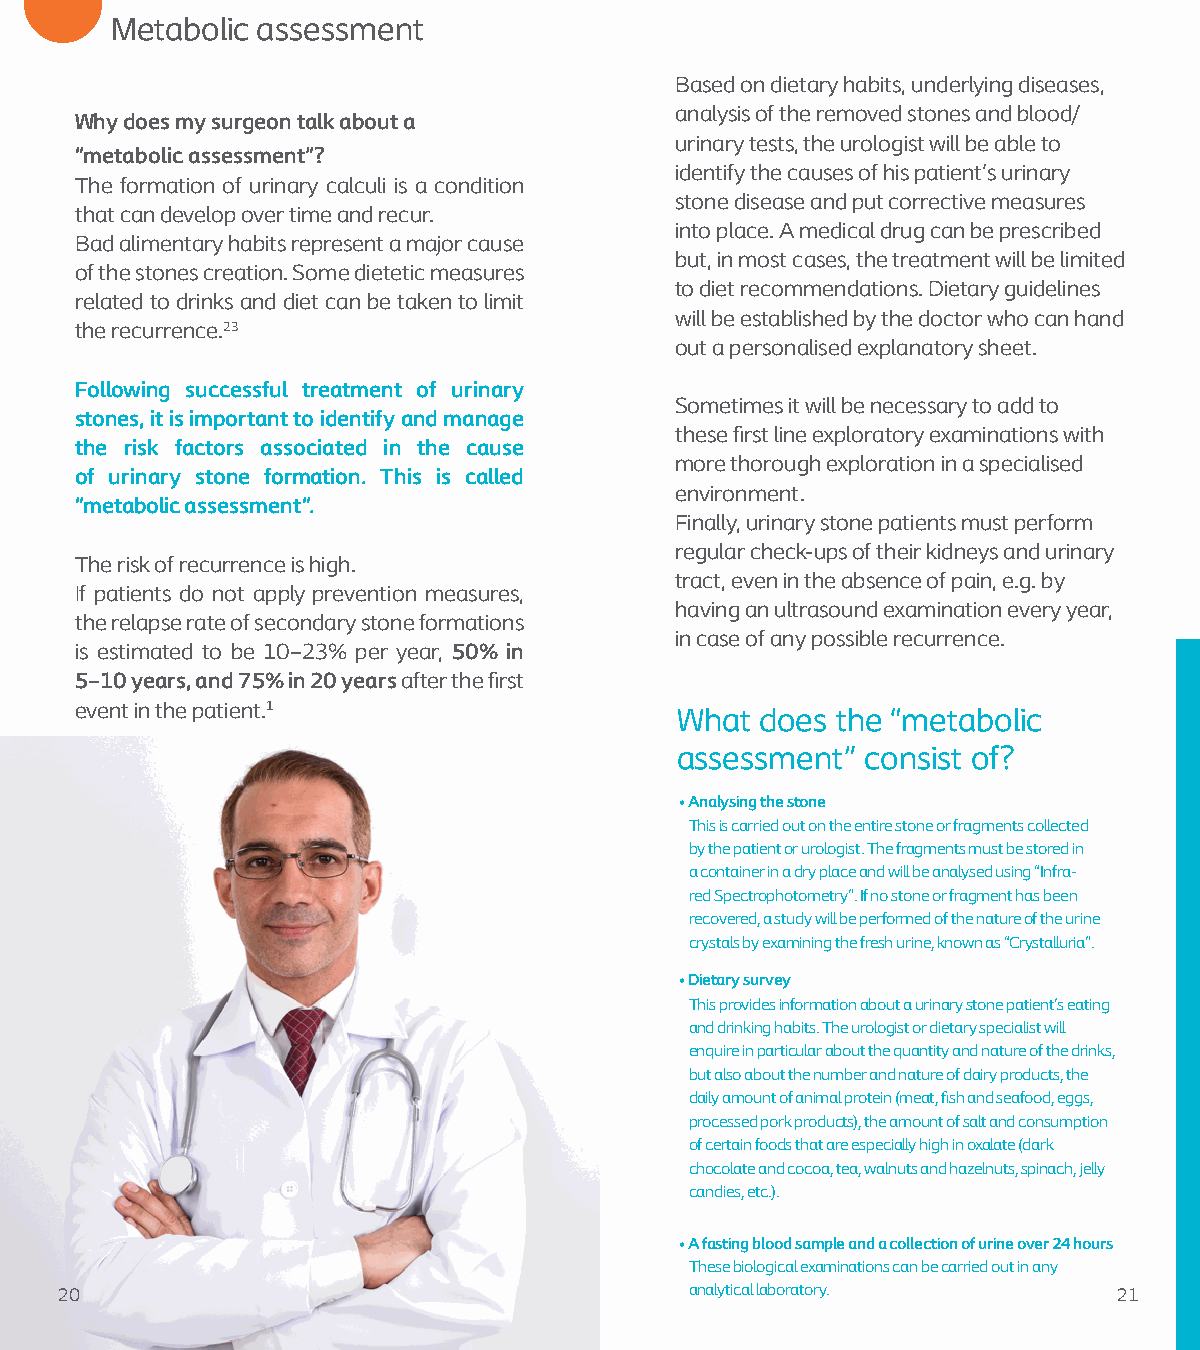
Metabolic assessment
 Based on dietary habits, underlying diseases,
 analysis of the removed stones and blood/
 Why does my surgeon talk about a
 urinary tests, the urologist will be able to
 “metabolic assessment”?
 identify the causes of his patient’s urinary
 The formation of urinary calculi is a condition
 stone disease and put corrective measures
 that can develop over time and recur.
 into place. A medical drug can be prescribed
 Bad alimentary habits represent a major cause
 but, in most cases, the treatment will be limited
 of the stones creation. Some dietetic measures
 to diet recommendations. Dietary guidelines
 related to drinks and diet can be taken to limit
 will be established by the doctor who can hand
 the recurrence.23
 out a personalised explanatory sheet.
 Following successful treatment of urinary
 Sometimes it will be necessary to add to
 stones, it is important to identify and manage
 these first line exploratory examinations with
 the risk factors associated in the cause
 more thorough exploration in a specialised
 of urinary stone formation. This is called
 environment.
 “metabolic assessment“.
 Finally, urinary stone patients must perform
 regular check-ups of their kidneys and urinary
 The risk of recurrence is high.
 tract, even in the absence of pain, e.g. by
 If patients do not apply prevention measures,
 having an ultrasound examination every year,
 the relapse rate of secondary stone formations
 in case of any possible recurrence.
 is estimated to be 10–23% per year, 50% in
 5–10 years, and 75% in 20 years after the first
 event in the patient.1                  What does the “metabolic
 assessment” consist of?
 • A nalysing the stone
 This is carried out on the entire stone or fragments collected
 by the patient or urologist. The fragments must be stored in
 a container in a dry place and will be analysed using “Infra-
 red Spectrophotometry”. If no stone or fragment has been
 recovered, a study will be performed of the nature of the urine
 crystals by examining the fresh urine, known as “Crystalluria”.
 • D ietary survey
 This provides information about a urinary stone patient’s eating
 and drinking habits. The urologist or dietary specialist will
 enquire in particular about the quantity and nature of the drinks,
 but also about the number and nature of dairy products, the
 daily amount of animal protein (meat, fish and seafood, eggs,
 processed pork products), the amount of salt and consumption
 of certain foods that are especially high in oxalate (dark
 chocolate and cocoa, tea, walnuts and hazelnuts, spinach, jelly
 candies, etc.).
 • A fasting blood sample and a collection of urine over 24 hours
 These biological examinations can be carried out in any
 20                                        analytical laboratory.      21